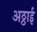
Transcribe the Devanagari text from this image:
अठ्ठाई